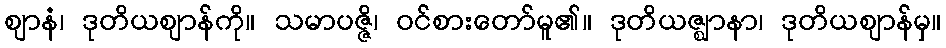
ဈာနံ၊ ဒုတိယဈာန်ကို။ သမာပဇ္ဇိ၊ ဝင်စားတော်မူ၏။ ဒုတိယဇ္ဈာနာ၊ ဒုတိယဈာန်မှ။